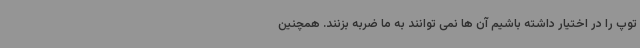
توپ را در اختیار داشته باشیم آن ها نمی توانند به ما ضربه بزنند. همچنین